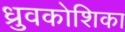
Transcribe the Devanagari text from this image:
ध्रुवकोशिका